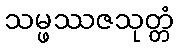
သမ္ဖဿဇသုတ္တံ